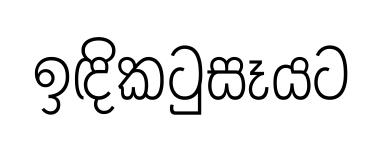
ඉඳිකටුසෑයට